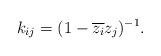
LaTeX: \begin{align*}k_{ij}=(1-\overline{z_{i}}z_{j})^{-1}. \end{align*}